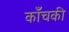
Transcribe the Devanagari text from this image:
काँचकी